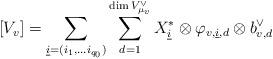
LaTeX: \begin{align*}\left[V_{v}\right]=\sum_{\underline{i}=(i_{1},\ldots i_{q_{0}})}\sum_{d=1}^{\dim V_{\mu_{v}}^{\vee}} X_{\underline{i}}^{\ast}\otimes \varphi_{v,\underline{i},d}\otimes b_{v,d}^{\vee}\end{align*}